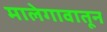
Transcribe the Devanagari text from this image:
मालेगावातून